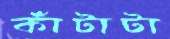
কাঁটাটা